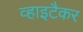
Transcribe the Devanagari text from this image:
व्हाइटैकर